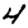
Digit: 4